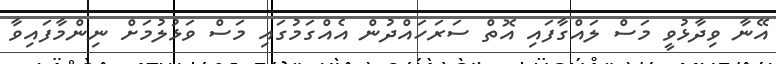
އޭނާ ވިދާޅުވީ މަސް ލައްގާފައި އޮތް ސަރަހައްދުން އެއްގަމުގައި މަސް ވަޅުލުމަށް ނިންމާފައިވާ